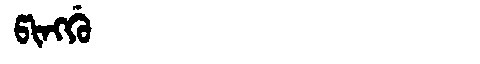
Manchu: ᡦᡳᠩᡤᡠ
Romanization: PINGGU